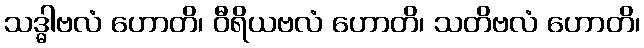
သဒ္ဓါဗလံ ဟောတိ၊ ဝီရိယဗလံ ဟောတိ၊ သတိဗလံ ဟောတိ၊